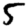
Digit: 5